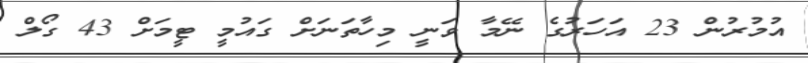
އުމުރުން 23 އަހަރުގެ ނޭމާ ވަނީ މިހާތަނަށް ގައުމީ ޓީމަށް 43 ގޯލް